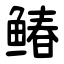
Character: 䲠